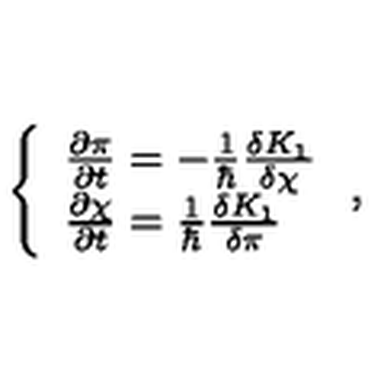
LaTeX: \left\{ \begin{array} { l } { { \frac { \partial \pi } { \partial t } } = - { \frac { 1 } { \hbar } } { \frac { \delta K _ { 1 } } { \delta \chi } } } \\ { { \frac { \partial \chi } { \partial t } } = { \frac { 1 } { \hbar } } { \frac { \delta K _ { 1 } } { \delta \pi } } } \\ \end{array} \right. ,